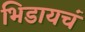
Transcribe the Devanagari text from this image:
भिडायचं